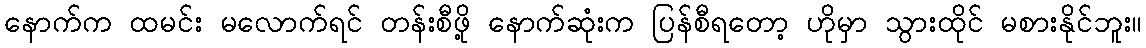
နောက်က ထမင်း မလောက်ရင် တန်းစီဖို့ နောက်ဆုံးက ပြန်စီရတော့ ဟိုမှာ သွားထိုင် မစားနိုင်ဘူး။